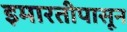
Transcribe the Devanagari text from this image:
इमारतीपासून